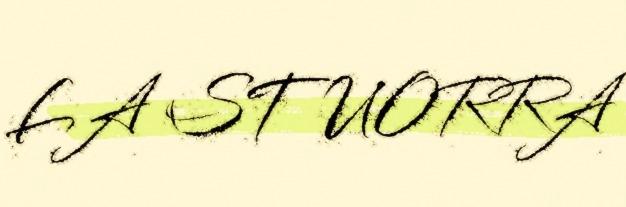
LA STUORRA